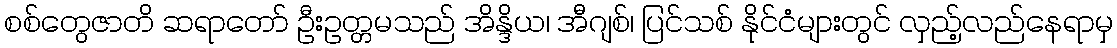
စစ်တွေဇာတိ ဆရာတော် ဦးဥတ္တမသည် အိန္ဒိယ၊ အီဂျစ်၊ ပြင်သစ် နိုင်ငံများတွင် လှည့်လည်နေရာမှ